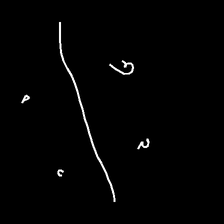
Glyph: cool